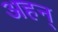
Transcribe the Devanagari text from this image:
अहन्